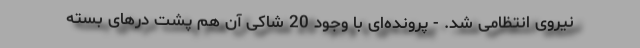
نیروی انتظامی شد. - پرونده‌ای با وجود 20 شاکی آن هم پشت درهای بستهِ